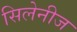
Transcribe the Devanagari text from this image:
सिलेनीज